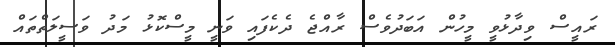
ރައީސް ވިދާޅުވީ މީހުން އަބަދުވެސް ރާއްޖެ ދެކެފައި ވަނީ މީސްކޮޅު މަދު ވަސީލަތްތައް